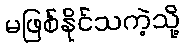
မဖြစ်နိုင်သကဲ့သို့